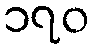
၁၇၀